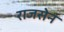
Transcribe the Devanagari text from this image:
राजसेन